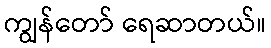
ကျွန်တော် ရေဆာတယ်။